画像に写った文字を読んでください
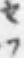
「セフ」と書いてあります